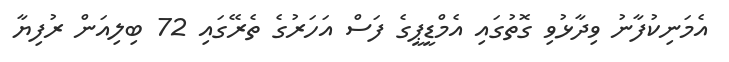
އެމަނިކުފާނު ވިދާޅުވި ގޮތުގައި އެމްޑީޕީގެ ފަސް އަހަރުގެ ތެރޭގައި 72 ބިލިއަން ރުފިޔާ